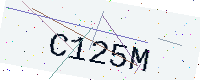
Text: C125M